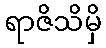
ရာဇိသိမှိ